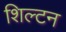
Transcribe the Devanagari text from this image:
शिल्टन